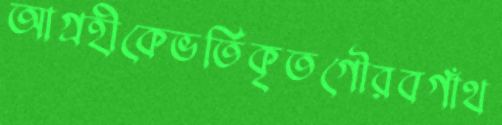
আগ্রহীকেভর্তিকৃতগৌরবগাঁথ